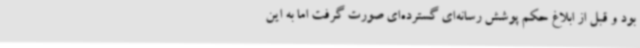
بود و قبل از ابلاغ حکم پوشش رسانه‌ای گسترده‌ای صورت گرفت اما به این